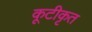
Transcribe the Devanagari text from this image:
कूटीकृत